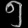
Digit: ၅